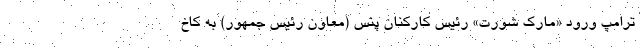
ترامپ ورود «مارک شورت» رئیس کارکنان پنس (معاون رئیس جمهور) به کاخ